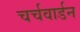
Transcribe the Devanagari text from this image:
चर्चवार्डन